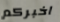
اخبركم